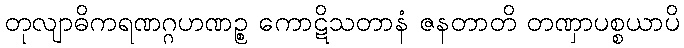
တုလျာဓိကရဏဂ္ဂဟဏဉ္စ ကောဋိသတာနံ ဇနတာတိ တဏှာပစ္စယာပိ